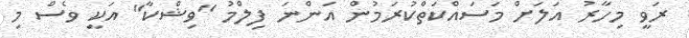
ރަވީ މިހާރު އަލަށް މަސައްކަތްކުރަމުން އަންނަ ފިލްމު "ވިޝްކާ" އަކީ ވެސް މި